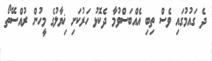
ދެ ގައުމުގައި ވެސް ތިބި އެއްބަސްވުމާ ދެކޮޅު ހަރުކަށި ޚިޔާލުގެ މީހުން ރުއްސޭތޯ